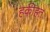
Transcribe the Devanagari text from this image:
हकीहत